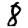
Digit: 8